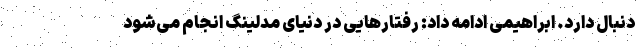
دنبال دارد. ابراهیمی ادامه داد: رفتارهایی در دنیای مدلینگ انجام می‌شود